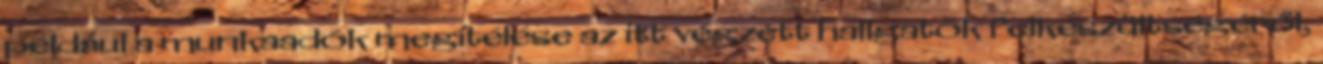
például a munkaadók megítélése az itt végzett hallgatók felkészültségéről,